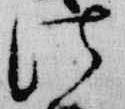
法